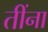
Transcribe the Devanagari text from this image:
तींना